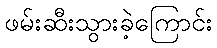
ဖမ်းဆီးသွားခဲ့ကြောင်း